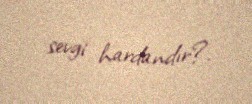
sevgi hardandır?.